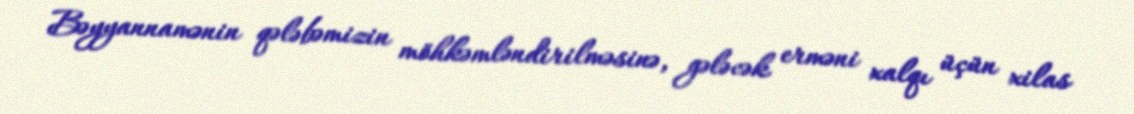
Bəyyannamənin qələbəmizin möhkəmləndirilməsinə, gələcək erməni xalqı üçün xilas